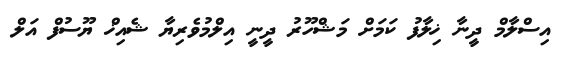
އިސްލާމް ދީނާ ޚިލާފު ކަމަށް މަޝްހޫރު ދީނީ އިލްމުވެރިޔާ ޝެއިޚް ޔޫސުފް އަލް